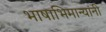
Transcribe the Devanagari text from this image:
भाषाभिमान्यांनी